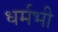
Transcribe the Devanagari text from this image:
धर्मभी